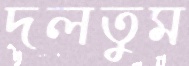
দলতুম